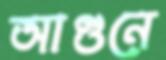
আগুনে